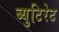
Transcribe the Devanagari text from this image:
ब्युटिरेट